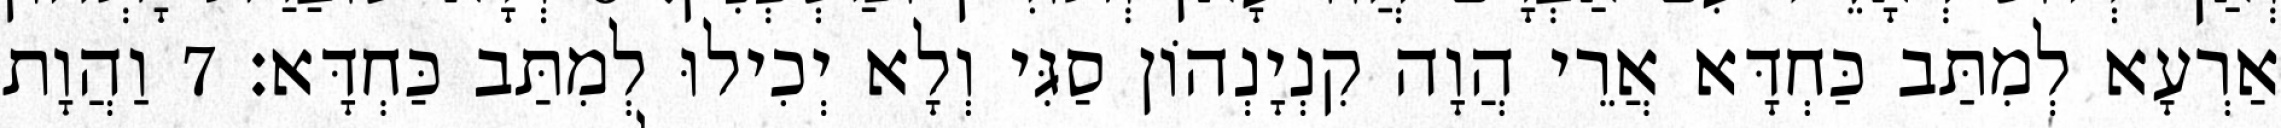
אַרְעָא לְמִתַּב כַּחְדָּא אֲרֵי הֲוָה קִנְיָנְהוֹן סַגִּי וְלָא יְכִילוּ לְמִתַּב כַּחְדָּא׃ 7 וַהֲוָת